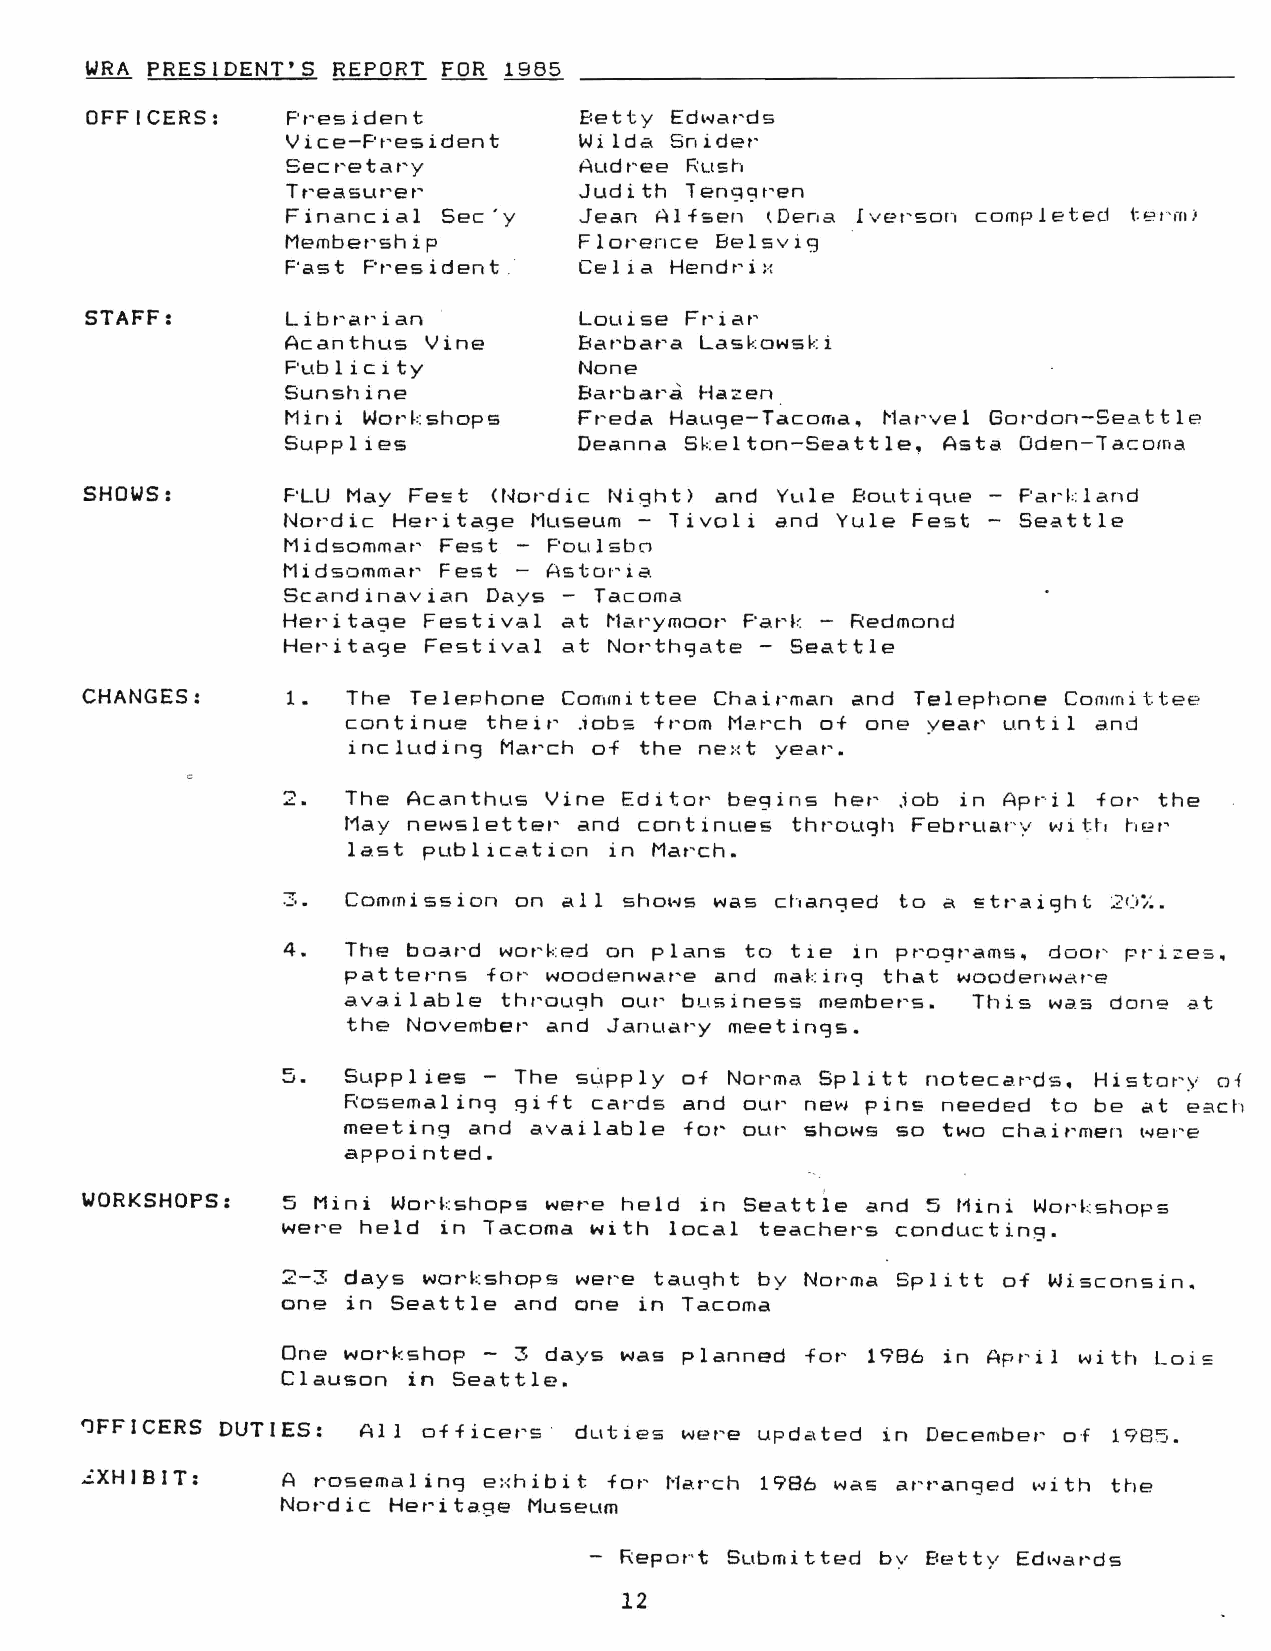
WRA PRESIDENT'S REPORT FOR  1985
 OFFICERS:    President           Betty Ed1-1ards
 Vice-President      Wilda Snider
 Secretary           Audree Rush
 Treasurer           Judith leng<:iren
 Financial Sec'y     Jean Alfsen tDena Iverson completed t:e1·•mj
 Membership          Florence Belsvig
 F'ast President.    Ce l i a Hend r i :{
 STAFF:       Librarian           Louise Friar
 Acanthus Vine       Barbara Laskowski
 F'ub l i city       None
 Sunshine            Barbara Hazen
 Mini Workshops      Freda Hauge-Tacoma, Marvel Gordon-Seattle
 Supplies           Deanna  Skelton-Seattle, Asta Oden-Tacoma
 SHOWS:       PLU May Fe~t  (Nordic Night) and Yule Bouti9ue   ParL: land
 Nordic Heritage Museum  - livoli and Yule Fest   Seattle
 Midsommar Fest -  Poulsbo
 Mids,:Jmmar Fest - Asto1'ia.
 Scandinavian Days -  Tacoma
 Heritage Festival at Marymoor Park  - Redmond
 Heritage Festival at Northc,ate - Seattle
 CHANGES:     1.  The Telephone Committee  Chairman and Telephone Committee
 continue their  .iobs tram Ma.rch of one year until and
 including March of  the ne:-:t year.
 2.  The Acanthus Vine Editor beqins  her ,iob in April for the
 May news let tet' and continues through Februar·y vii tt, her
 last publication  in March.
 ::.. Commission on call shm-1s was changed to a ~traic,ht 2Ui:.
 4.  The board worked on plans  to tie in programs, door pr·i::e5,
 patterns for woodenware  and making that woodenware
 available thr'ough our business members.  This was done .at
 the November and January meetings.
 5.  Supplies - The sGpply of Norma Splitt  notecards. History of
 Rosemaling gift cards and our  new pins needed to be at each
 meeting and available  for our shows so two chairmen t-iere
 appointed.
 WORKSHOPS:   5 Mini Workshops were held  in Seattle I and 5 Mini Workshops
 were held in Tacoma with  local teachers conducting.
 2-3 days workshops wet'e taught by Norma Splitt of Wisconsin.
 one in Seattle and one  in Tacoma
 One workshop - 3 days was planned  for 1986 in April with Loi5
 Clauson in Seattle.
 ~FFICERS DUTIES:  All officers  duties were updated  in December of 1985 .
 ..:'.XHI BIT: A rosemaling e:-:hibit for March 1986 was arranged ,.,,ith the
 Nordic Heritage Museum
 Report Submitted bv  Betty Edwards
 12